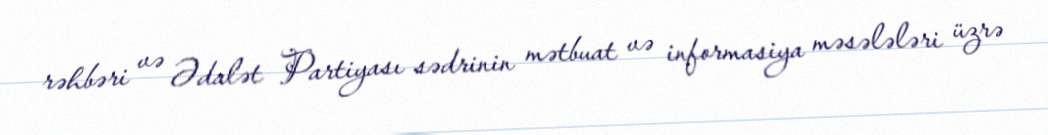
rəhbəri və Ədalət Partiyası sədrinin mətbuat və informasiya məsələləri üzrə